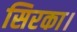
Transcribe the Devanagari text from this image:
सिरका।